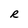
Character: R